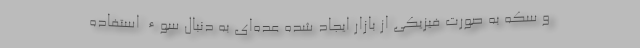
و سکه به صورت فیزیکی از بازار ایجاد شده عده‌ای به دنبال سوء استفاده